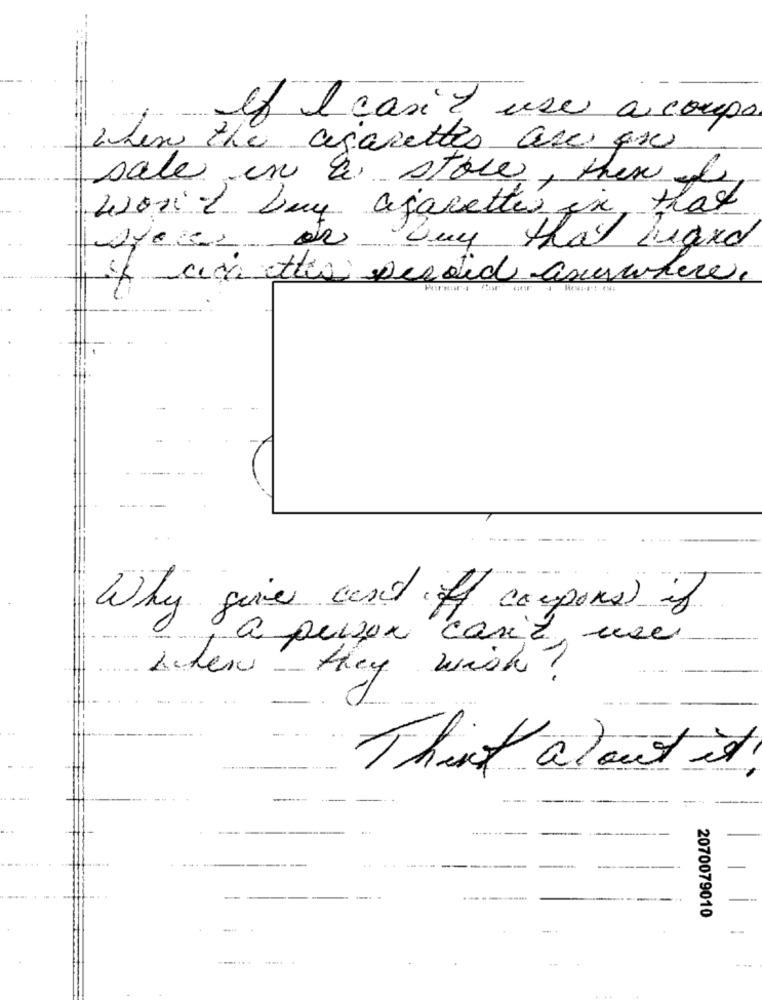
If I casit use a coups
when the cigarettes are an
sale in a store, then I
won't buy ajarettes in that
Day that Ligxo
If achttien weedid anywhere.
Why give and ff coupons) if
a person caril, use
where they wish?
Think about it!
-
-------
....
--
2070079010